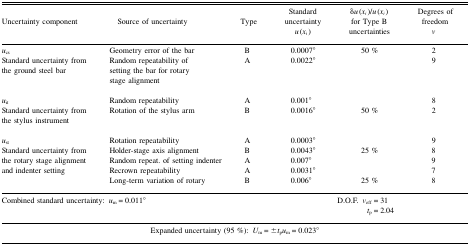
| Uncertainty component | Source of uncertainty | Type | Standard uncertainty u(xi) | δu(xi)/u(xi) for Type B uncertainties | Degrees of freedom v |
 | --- | --- | --- | --- | --- | --- |
 | ucs | Geometry error of the bar | B | 0.0007° | 50 % | 2 |
 | Standard uncertainty from the ground steel bar | Random repeatability of setting the bar for rotary stage alignment | A | 0.0022° |  | 9 |
 | uit | Random repeatability | A | 0.001° |  | 8 |
 | Standard uncertainty from the stylus instrument | Rotation of the stylus arm | B | 0.0016° | 50 % | 2 |
 | ust | Rotation repeatability | A | 0.0003° |  | 9 |
 | <ROWSPAN=4> Standard uncertainty from the rotary stage alignment and indenter setting | Holder-stage axis alignment | B | 0.0043° | 25 % | 8 |
 | Random repeat. of setting indenter | A | 0.007° |  | 9 |
 | Recrown repeatability | A | 0.0031° |  | 7 |
 | Long-term variation of rotary | B | 0.006° | 25 % | 8 |
 | <COLSPAN=2> Combined standard uncertainty: um = 0.011° |  |  | D.O.F. veff = 31tp = 2.04 |  |
 | <COLSPAN=6> Expanded uncertainty (95 %): Um = ±tpum = 0.023° |